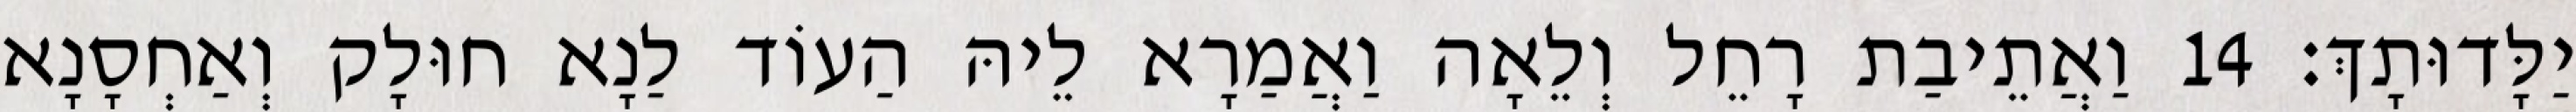
יַלָּדוּתָךְ׃ 14 וַאֲתֵיבַת רָחֵל וְלֵאָה וַאֲמַרָא לֵיהּ הַעוֹד לַנָא חוּלָק וְאַחְסָנָא